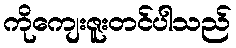
ကိုကျေးဇူးတင်ပါသည်